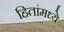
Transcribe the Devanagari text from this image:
हितांमध्ये